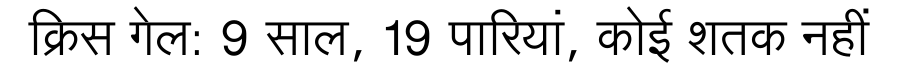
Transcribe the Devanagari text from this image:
क्रिस गेल: 9 साल, 19 पारियां, कोई शतक नहीं